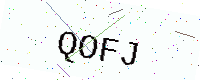
Text: QOFJ